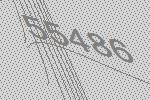
55486